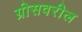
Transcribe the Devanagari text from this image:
ग्रीसवरील